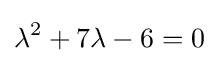
\lambda ^{2}+7\lambda -6=0